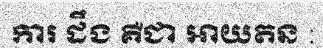
ការ ដឹង គឺជា ឤយតន :